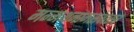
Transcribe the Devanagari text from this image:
मन्मथनामसंवत्सर